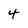
Character: 4